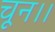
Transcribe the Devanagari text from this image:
चून।।